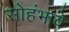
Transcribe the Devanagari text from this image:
सोहंभावे